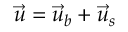
\vec { u } = \vec { u } _ { b } + \vec { u } _ { s }